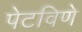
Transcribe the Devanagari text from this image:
पेटविणे